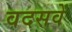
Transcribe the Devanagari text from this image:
वदसवें